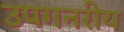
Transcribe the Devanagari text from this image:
उपगनरीय